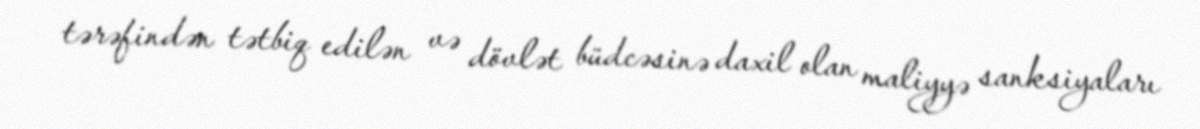
tərəfindən tətbiq edilən və dövlət büdcəsinə daxil olan maliyyə sanksiyaları